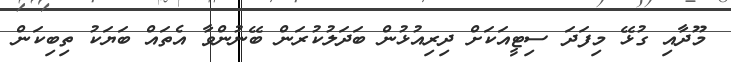
މޫދާއި ގުޅޭ މިފަދަ ސިޓީއަކަށް ދިރިއުޅުން ބަދަލުކުރަން ބޭނުންވާ އެތައް ބަޔަކު ތިބިކަން